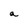
Character: a